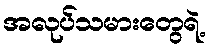
အလုပ်သမားတွေရဲ့